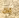
بك